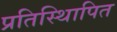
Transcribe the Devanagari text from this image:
प्रतिस्थिापित